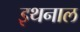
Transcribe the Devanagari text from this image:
इथनाल